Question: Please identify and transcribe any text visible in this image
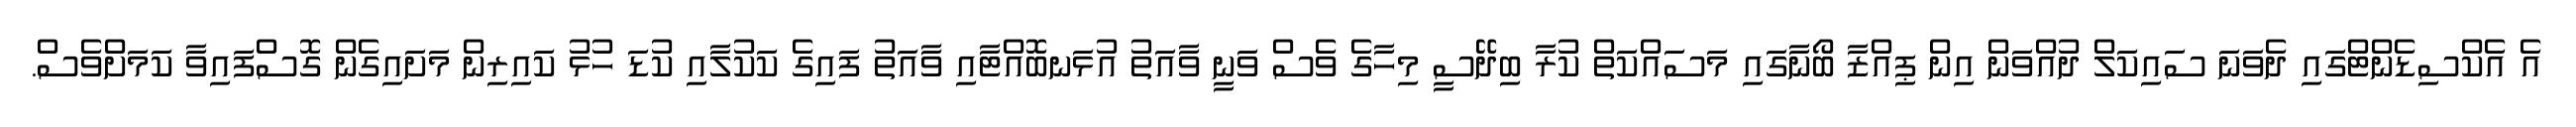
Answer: އެ އެކްސިޑެންޓްގައި ދެވަނަ ސައިކަލް ދުއްވަން އިން ޕިއްޒާ ބޯނާގައި މަސައްކަތް ކުރާ ބިދޭސީ މިހާގެ ވެސް ވަނީ ވާއަތު އުޅަނބޮއްޓާއި ވާއަތު ފައިގެ ކަކުލާއި ކުޑަ ހުޅު ކައިރިން މަށައިގެން ގޮސްފައިވާ ކަމަށްވެސް.